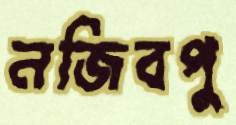
নজিবপু